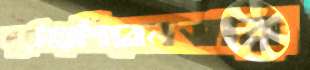
দুটোয়শিবেনভার